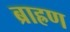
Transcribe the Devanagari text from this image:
ब्राह्रण